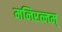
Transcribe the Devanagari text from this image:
मनिरत्नम्‌